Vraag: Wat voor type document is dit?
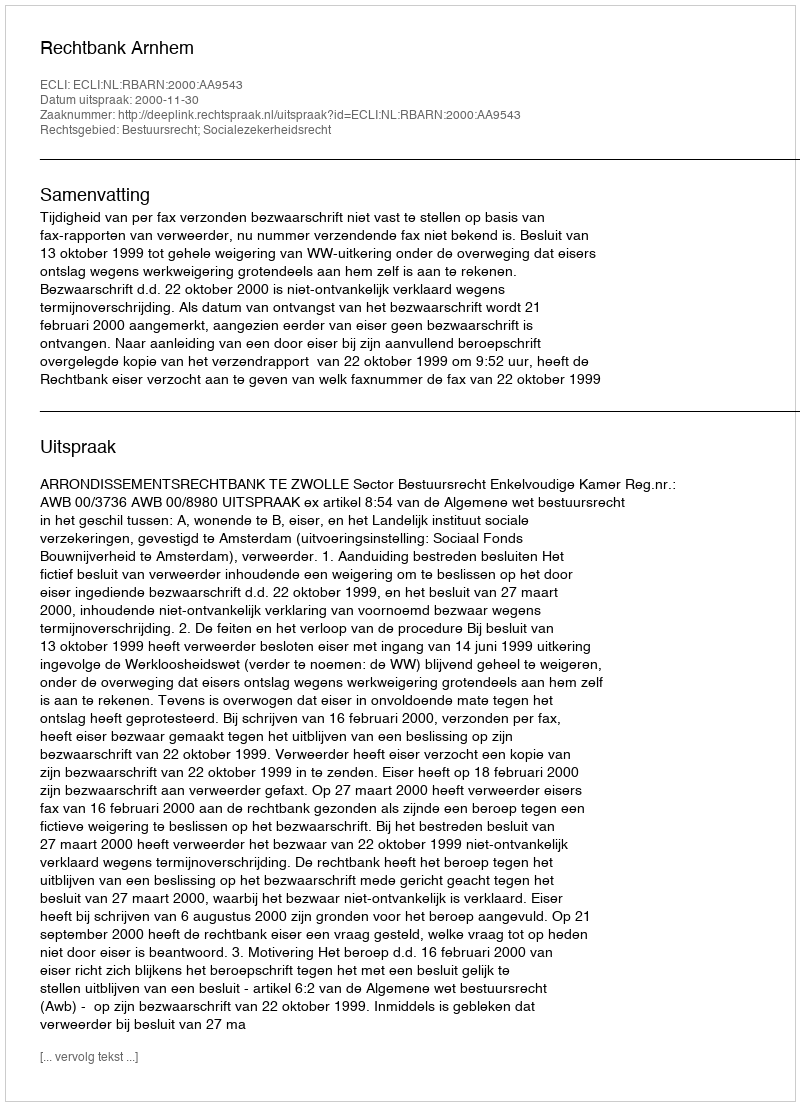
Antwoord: Uitspraak